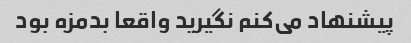
پیشنهاد می‌کنم نگیرید واقعا بدمزه بود